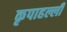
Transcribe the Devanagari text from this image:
कृपाहल्ली